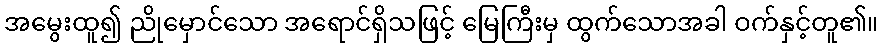
အမွေးထူ၍ ညိုမှောင်သော အရောင်ရှိသဖြင့် မြေကြီးမှ ထွက်သောအခါ ဝက်နှင့်တူ၏။